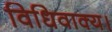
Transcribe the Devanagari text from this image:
विधिवाक्य।